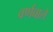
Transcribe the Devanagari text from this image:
वर्णवाले